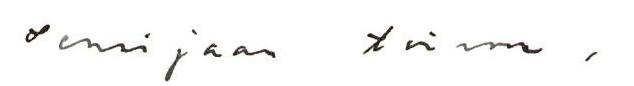
Sensijaan toivon,